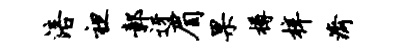
涪袒鄣迓眉果樽梓济